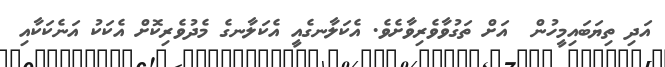
އަދި ތިޔަބައިމީހުން  އަށް ތަގުވާވެރިވާށެވެ. އެކަލާނގެއީ އެކަލާނގެ މެދުވެރިކޮށް އެކަކު އަނެކަކާއި